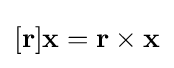
[\mathbf {r} ]\mathbf {x} =\mathbf {r} \times \mathbf {x}